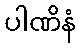
ပါဏိနံ